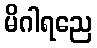
မိဂါရညေ